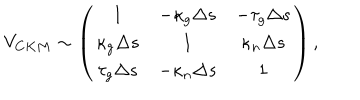
V _ { C K M } \sim \left( \begin{array} { c c c } { { 1 } } & { { - \kappa _ { g } \Delta s } } & { { - \tau _ { g } \Delta s } } \\ { { \kappa _ { g } \Delta s } } & { { 1 } } & { { \kappa _ { n } \Delta s } } \\ { { \tau _ { g } \Delta s } } & { { - \kappa _ { n } \Delta s } } & { { 1 } } \\ \end{array} \right) ,